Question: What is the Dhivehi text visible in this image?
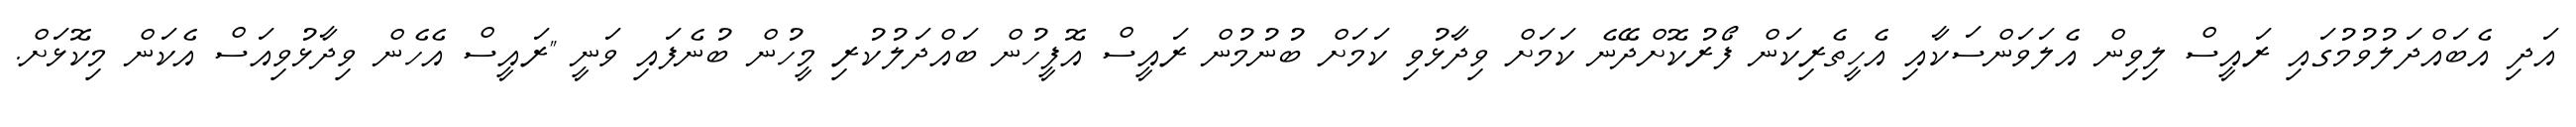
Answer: އަދި އެބައްދަލުވުމުގައި ރައީސް ލިވިން އެލަވަންސަކާއި އެހީތެރިކަން ފޯރުކޮށްދޭނެ ކަމަށް ވިދާޅުވި ކަމަށް ބުނުމުން ރައީސް އޮފީހުން ބައްދަލުކުރި މީހުން ބުނެފައި ވަނީ "ރައީސް އެހެން ވިދާޅުވިއަސް އެކަން މިކޮޅަށް.